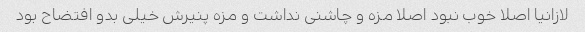
لازانیا اصلا خوب نبود اصلا مزه و چاشنی نداشت و مزه پنیرش خیلی بدو افتضاح بود